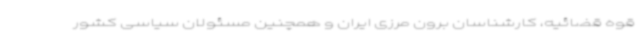
قوه قضائیه، کارشناسان برون مرزی ایران و همچنین مسئولان سیاسی کشور